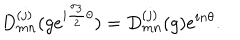
LaTeX: D _ { m n } ^ { ( j ) } ( g e ^ { i { \frac { { \sigma } _ { 3 } } { 2 } } { \theta } } ) = D _ { m n } ^ { ( j ) } ( g ) e ^ { i n { \theta } } .